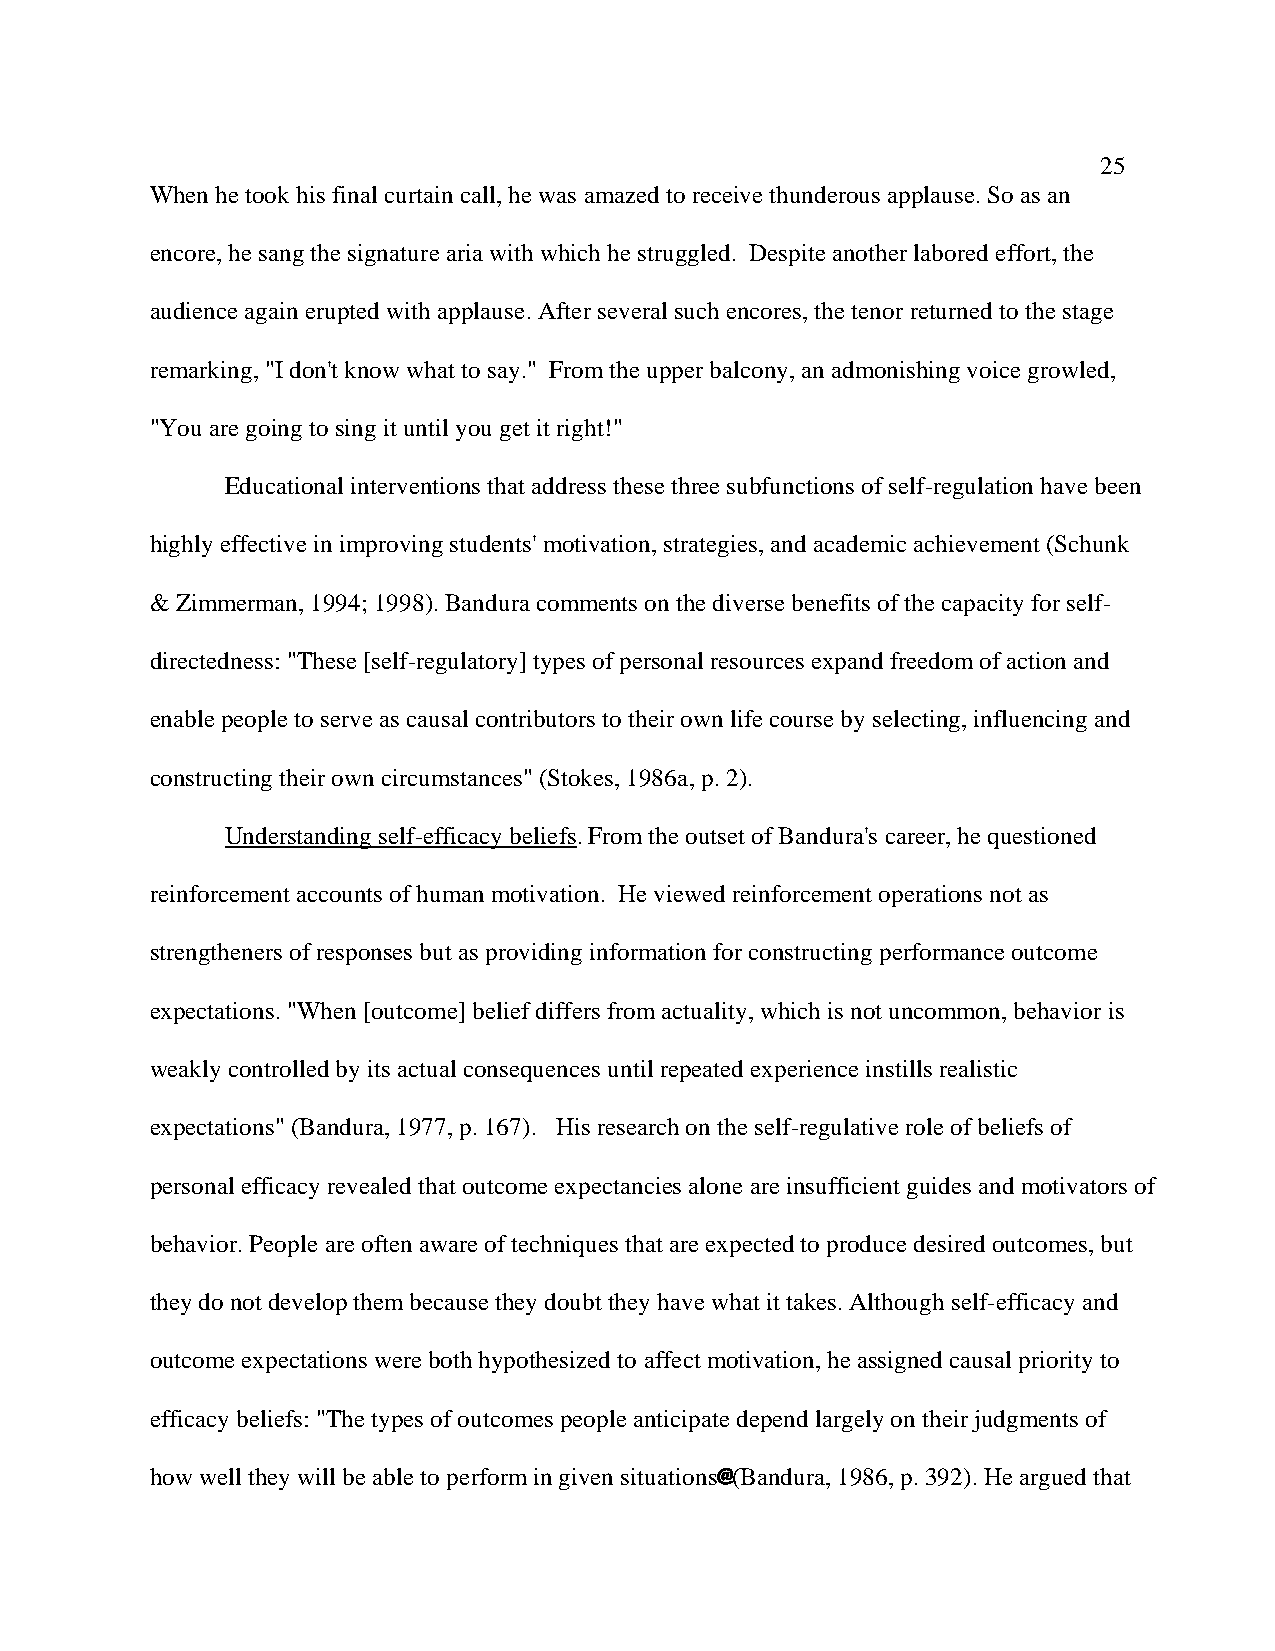
25
 When he took his final curtain call, he was amazed to receive thunderous applause. So as an
 encore, he sang the signature aria with which he struggled. Despite another labored effort, the
 audience again erupted with applause. After several such encores, the tenor returned to the stage
 remarking, "I don't know what to say." From the upper balcony, an admonishing voice growled,
 "You are going to sing it until you get it right!"
 Educational interventions that address these three subfunctions of self-regulation have been
 highly effective in improving students' motivation, strategies, and academic achievement (Schunk
 & Zimmerman, 1994; 1998). Bandura comments on the diverse benefits of the capacity for self-
 directedness: "These [self-regulatory] types of personal resources expand freedom of action and
 enable people to serve as causal contributors to their own life course by selecting, influencing and
 constructing their own circumstances" (Stokes, 1986a, p. 2).
 Understanding self-efficacy beliefs. From the outset of Bandura's career, he questioned
 reinforcement accounts of human motivation. He viewed reinforcement operations not as
 strengtheners of responses but as providing information for constructing performance outcome
 expectations. "When [outcome] belief differs from actuality, which is not uncommon, behavior is
 weakly controlled by its actual consequences until repeated experience instills realistic
 expectations" (Bandura, 1977, p. 167). His research on the self-regulative role of beliefs of
 personal efficacy revealed that outcome expectancies alone are insufficient guides and motivators of
 behavior. People are often aware of techniques that are expected to produce desired outcomes, but
 they do not develop them because they doubt they have what it takes. Although self-efficacy and
 outcome expectations were both hypothesized to affect motivation, he assigned causal priority to
 efficacy beliefs: "The types of outcomes people anticipate depend largely on their judgments of
 how well they will be able to perform in given situations@ (Bandura, 1986, p. 392). He argued that